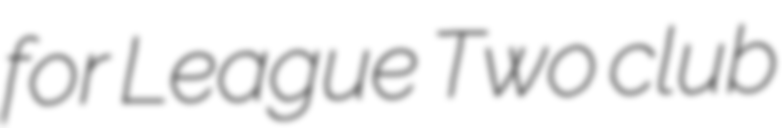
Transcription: for League Two club